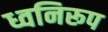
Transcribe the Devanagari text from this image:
ध्वनिरूप